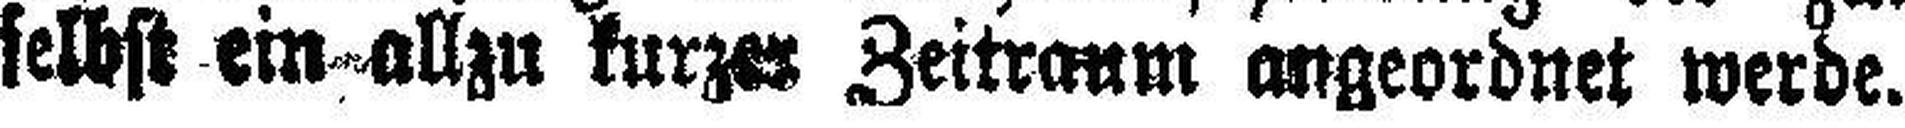
selbst ein allzu kurzer Zeitraum angeordnet werde.